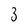
Character: 3